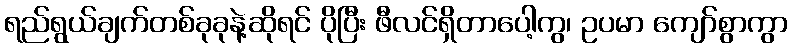
ရည်ရွယ်ချက်တစ်ခုခုနဲ့ဆိုရင် ပိုပြီး ဖီလင်ရှိတာပေါ့ကွ၊ ဥပမာ ကျော်စွာကွာ